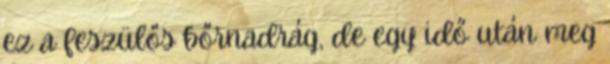
ez a feszülős bőrnadrág, de egy idő után meg